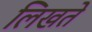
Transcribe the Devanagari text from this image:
लिखते